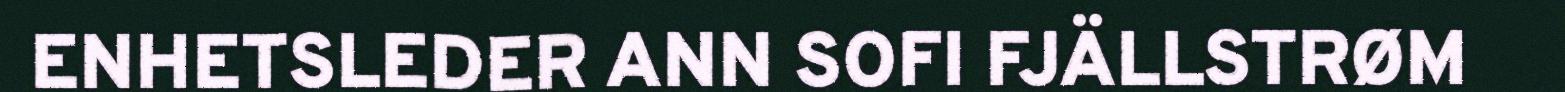
ENHETSLEDER ANN SOFI FJÄLLSTRØM